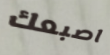
اصبعك